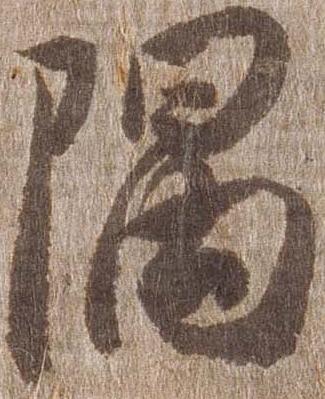
隅